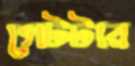
সেটটার